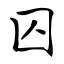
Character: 囚